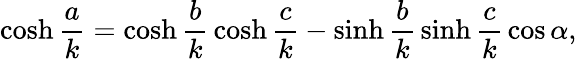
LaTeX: \cosh{\frac{a}{k}}=\cosh{\frac{b}{k}}\cosh{\frac{c}{k}}-\sinh{\frac{b}{k}}\sinh{\frac{c}{k}}\cos\alpha,